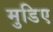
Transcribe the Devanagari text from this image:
मुडिए